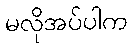
မလိုအပ်ပါက